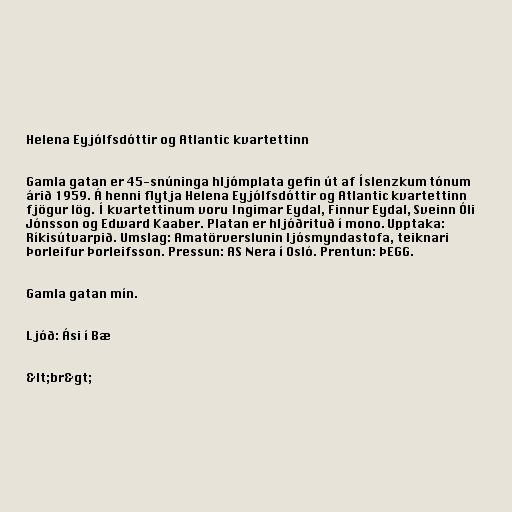
Helena Eyjólfsdóttir og Atlantic kvartettinn

Gamla gatan er 45-snúninga hljómplata gefin út af Íslenzkum tónum
árið 1959. Á henni flytja Helena Eyjólfsdóttir og Atlantic kvartettinn
fjögur lög. Í kvartettinum voru Ingimar Eydal, Finnur Eydal, Sveinn Óli
Jónsson og Edward Kaaber. Platan er hljóðrituð í mono. Upptaka:
Ríkisútvarpið. Umslag: Amatörverslunin ljósmyndastofa, teiknari
Þorleifur Þorleifsson. Pressun: AS Nera í Osló. Prentun: ÞEGG.

Gamla gatan mín.

Ljóð: Ási í Bæ

&lt;br&gt;